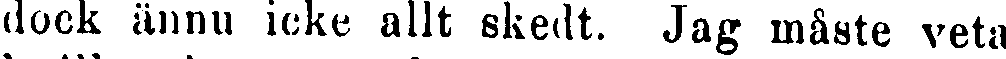
dock ännu icke allt skedt. Jag måste veta